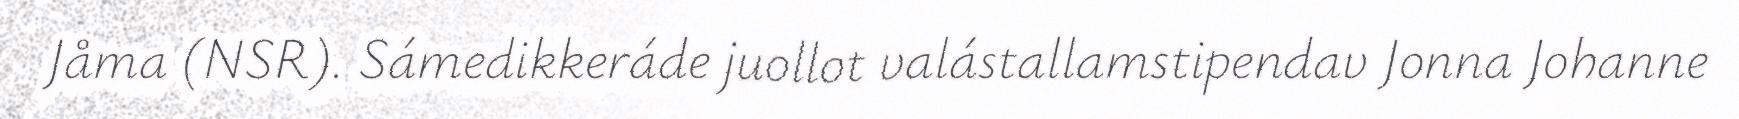
Jåma (NSR). Sámedikkeráde juollot valástallamstipendav Jonna Johanne